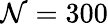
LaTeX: \mathcal{N}=300